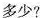
多少？